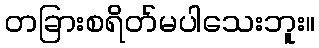
တခြားစရိတ်မပါသေးဘူး။